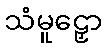
သံမူဠှော